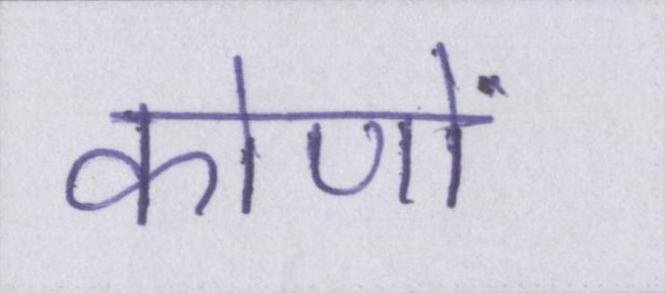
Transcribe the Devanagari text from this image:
कोणों